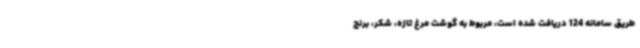
طریق سامانه 124 دریافت شده است، مربوط به گوشت مرغ تازه، شکر، برنج